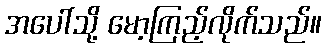
အပေါ်သို့ မော့ကြည့်လိုက်သည်။